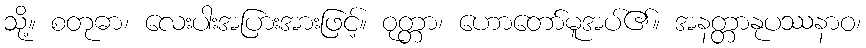
သို့။ စတုဓာ၊ လေးပါးအပြားအားဖြင့်။ ဝုတ္တာ၊ ဟောတော်မူအပ်၏။ အနတ္တာနုပဿနာဝ၊